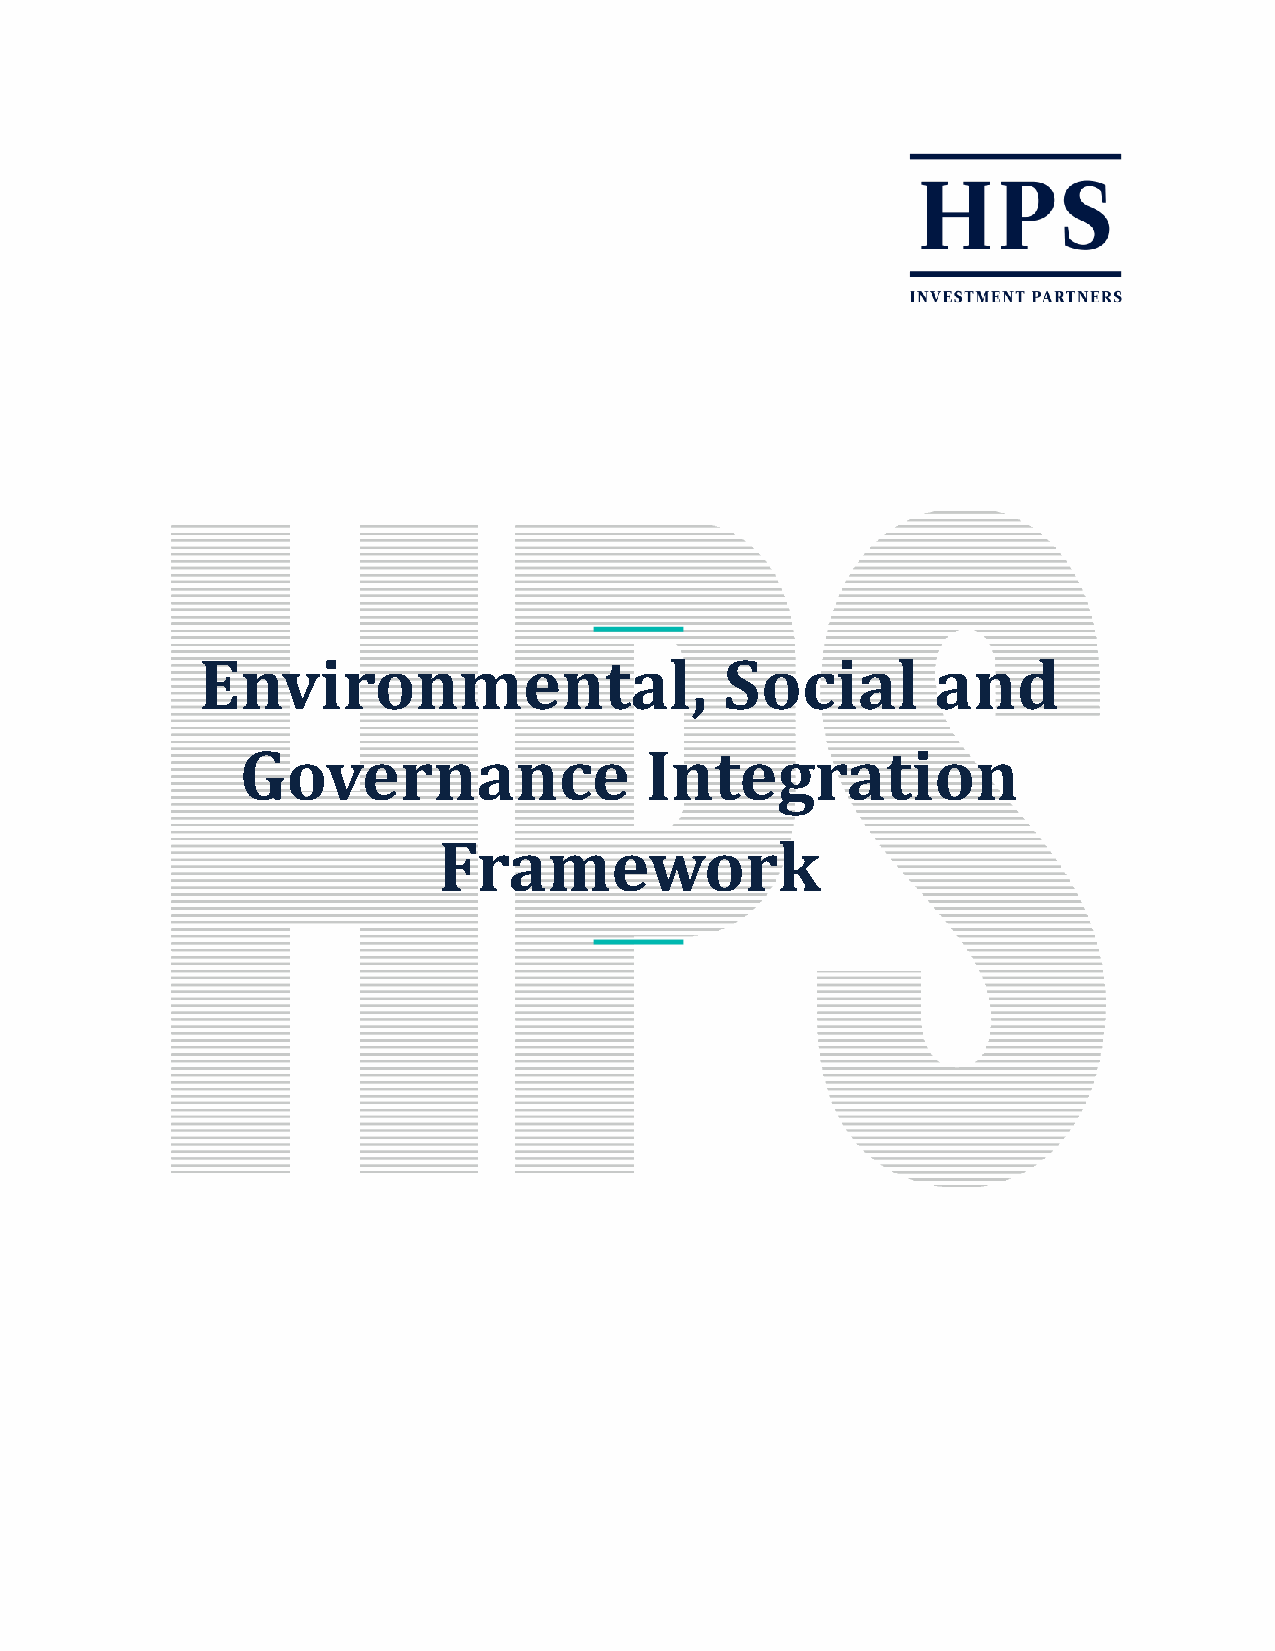
Environmental,                     Social        and
 Governance                 Integration
 Framework